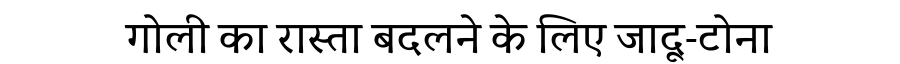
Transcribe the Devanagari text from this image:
गोली का रास्ता बदलने के लिए जादू-टोना